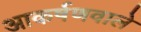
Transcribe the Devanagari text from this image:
आकर्षणवाले